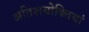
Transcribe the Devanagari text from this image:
अतिशयोक्तियां